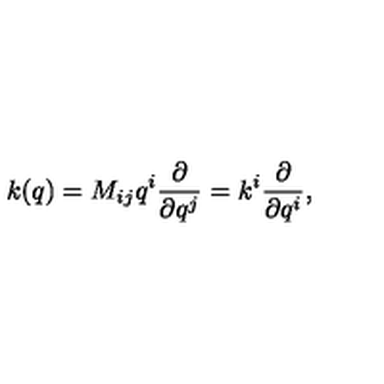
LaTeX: k ( q ) = M _ { i j } q ^ { i } { \frac { \partial } { \partial q ^ { j } } } = k ^ { i } { \frac { \partial } { \partial q ^ { i } } } ,